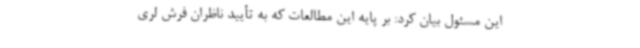
این مسئول بیان کرد: بر پایه این مطالعات که به تأیید ناظران فرش لری